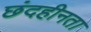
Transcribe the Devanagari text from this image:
छंदहीनता